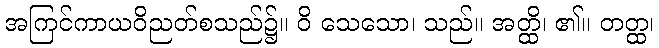
အကြင်ကာယဝိညတ်စသည်၌။ ဝိ သေသော၊ သည်။ အတ္ထိ၊ ၏။ တတ္ထ၊